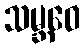
သမ္ဘဝေ